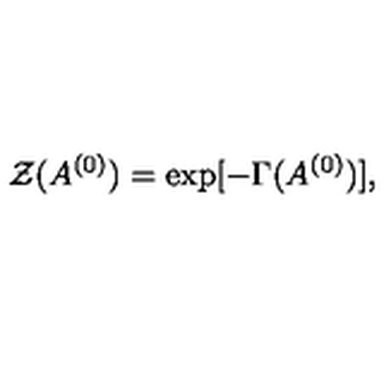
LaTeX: { \cal Z } ( A ^ { ( 0 ) } ) = \exp [ - \Gamma ( A ^ { ( 0 ) } ) ] ,